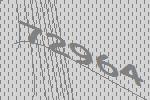
72964